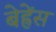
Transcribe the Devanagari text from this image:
बेह्रेंस